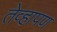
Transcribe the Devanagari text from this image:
तेव्हापण